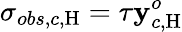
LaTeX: \sigma_{obs,c,\mathrm{H}}=\tau\mathbf{y}_{c,\mathrm{H}}^{o}